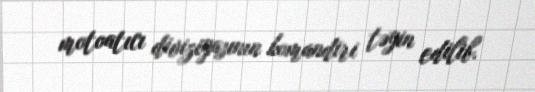
motoatıcı diviziyasının komandiri təyin edilib.